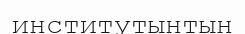
институтынтын